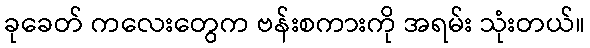
ခုခေတ် ကလေးတွေက ဗန်းစကားကို အရမ်း သုံးတယ်။